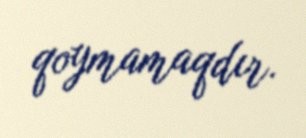
qoymamaqdır.